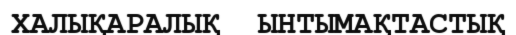
ХАЛЫҚАРАЛЫҚ  ЫНТЫМАҚТАСТЫҚ